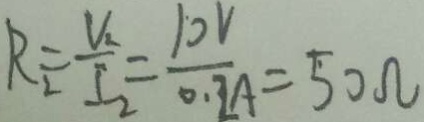
R _ { 2 } = \frac { V _ { 2 } } { I _ { 2 } } = \frac { 1 0 V } { 0 . 2 A } = 5 0 \Omega